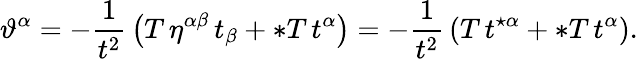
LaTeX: \vartheta^{\alpha}=-{\frac{1}{t^{2}}}\left(T\, \eta^{\alpha\beta}\, t_{\beta}+\ast T\, t^{\alpha}\right)=-{\frac{1}{t^{2}}}\left(T\, t^{\star\alpha}+\ast T\, t^{\alpha}\right).